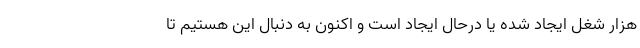
هزار شغل ایجاد شده یا درحال ایجاد است و اکنون به دنبال این هستیم تا